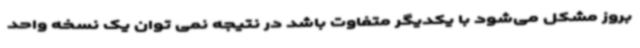
بروز مشکل می‌شود با یکدیگر متفاوت باشد در نتیجه نمی توان یک نسخه واحد